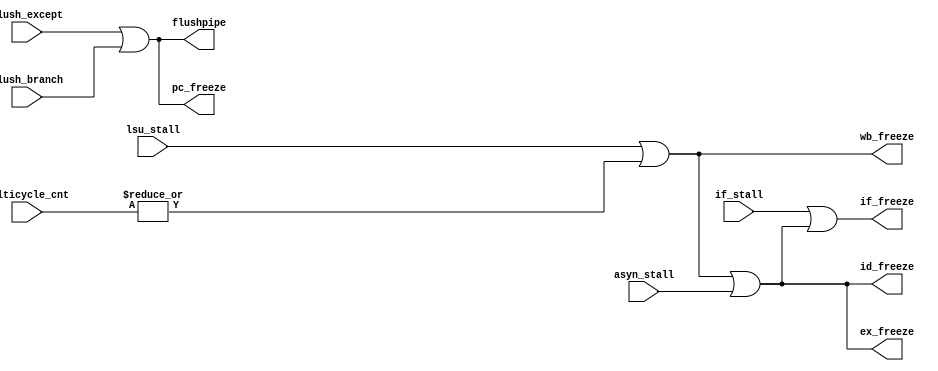
module pippo_pipectrl(

	flush_except, flush_branch, flushpipe, 

	if_stall, lsu_stall, multicycle_cnt, asyn_stall, 

	pc_freeze, if_freeze, id_freeze, ex_freeze, wb_freeze
);

//
// I/O
//

// stall request from pipeline stages
input				if_stall;                       
input				lsu_stall;      
input               asyn_stall;
input   [1:0]	    multicycle_cnt; 

// freeze command to pipeline stages
output				pc_freeze;
output				if_freeze;
output				id_freeze;
output				ex_freeze;
output				wb_freeze;

// flush control
input				flush_except;
input               flush_branch;
output              flushpipe; 

//
// Internal wires and regs
//
wire			multicycle_stall;

//
// flush pipelining 
//  at the last cycle of flushpipe assertion, new fetch address will send to pc register
//  1. when flush is raised by except processing, assert for two cycles.
//  2. when flush is raised by branch processing, assert for one cycle.
//
assign flushpipe = flush_except | flush_branch; 

//
// PC freeze signal
//
// pc_freeze is just for dis-asserting fetch request
assign pc_freeze = flushpipe;

//
// Pipeline freeze generation:
//

assign multicycle_stall = |multicycle_cnt;

// notes for asyn_stall: see except module
assign if_freeze = if_stall | id_freeze;
assign id_freeze = ex_freeze;
assign ex_freeze = wb_freeze | asyn_stall; 
assign wb_freeze = lsu_stall | multicycle_stall;

/*
Implementation: Memory access instructions with update, under 3r1w rf design

a. Load with update instructions
    pipectrl.v
        ע⣺multicycle_stallҲ仯wb_twiceЧʱһָmulticycle_stall
    rf.v
      we & (~wb_freeze | wb_at_fze)  //write enable logic  
    wb_twice come from rfwbop, and more to do:
        1. logic for write address and source
        2. write order of EA and loaded data?
        3. wb_atfzeЧʱֻһ    
b. Store with update instructions
    עҪͬstoreɺupdateдEARA

Logic.a: дʱwbдһΣٽⶳɵڶдأ
  pipectrl.v
    //wb_atfze means: wb_freeze is asserted by wb_twice only, at this case, write-back can go.
    assign wb_freeze_a = lsu_stall | multicycle_stall;
    assign wb_freeze = wb_freeze_a | wb_atfze;

    always @(posedge clk or posedge rst) begin
    	if (rst)
    		wb_atfze <= #1 1'b0;
    	else if(wb_freeze_a)         
    		wb_atfze <= #1 rfwb_uops[0] & rfwb_uops[1];
        else
            wb_atfze <= #1 1'b0;
    end

  reg_gprs.v
    assign rf_we = (~flushpipe) & ((wea & ~wb_freeze) |(wea & wb_atfze) | (web & ~wb_freeze)) ;
    assign rf_addrw = wea & (!web | wb_atfze) ? addrwa : web ? addrwb : 5'd0;
    assign rf_dataw = wea & (!web | wb_atfze) ? datawa : web ? datawb : 32'd0;
  
  operandmux.v/wbmux.v
    ʹת߼wrawrbתҪЧ߼ƻʵwbmuxģ
        (gpr_addr_rda == ex_gpr_addr_wra) && (ex_rfwb_uops[0] & !ex_rfwb_uops[1])
        (gpr_addr_rda == ex_gpr_addr_wrb) && (ex_rfwb_uops[1] & !wb_atfze)
  
Logic.b: дһΣٶwbɵڶдأ⣺
    1һָѾexeΣǶָᵼwb_atfzeЧ
    2ҪĴaddr_wrea
assign wb_freeze_a = lsu_stall | multicycle_stall;
assign wb_freeze = wb_freeze_a | wb_atfze;

always @(posedge clk or posedge rst) begin
	if (rst)
		wb_atfze <= #1 1'b0;
	else if(!wb_freeze_a)         
		wb_atfze <= #1 rfwb_uops[0] & rfwb_uops[1];
end


*/

endmodule